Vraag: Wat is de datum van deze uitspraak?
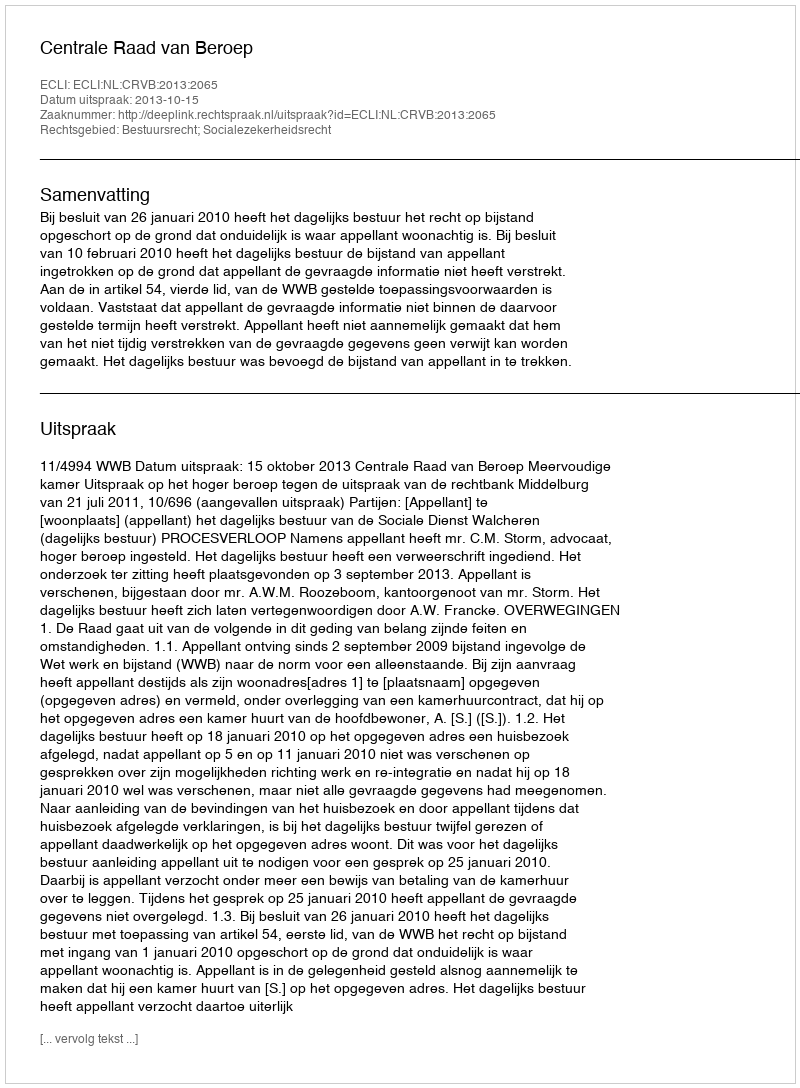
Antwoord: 2013-10-15